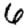
Digit: 6